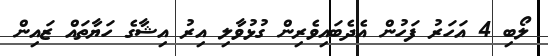
ލޯބި 4 އަހަރު ފަހުން އެދެބައިވެރިން ގުޅުވާލި އިރު އިޝާގެ ހަޔާތައް ޒައިން